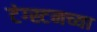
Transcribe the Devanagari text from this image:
टंग्स्टनच्या